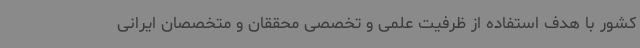
کشور با هدف استفاده از ظرفیت علمی و تخصصی محققان و متخصصان ایرانی